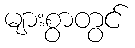
များစွာတွင်